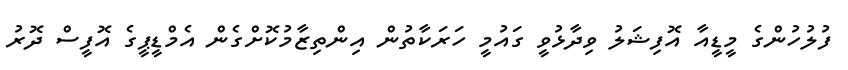
ފުލުހުންގެ މީޑީއާ އޮފިޝަލު ވިދާޅުވީ ގައުމީ ހަރަކާތުން އިންތިޒާމުކޮށްގެން އެމްޑީޕީގެ އޮފީސް ދޮރު